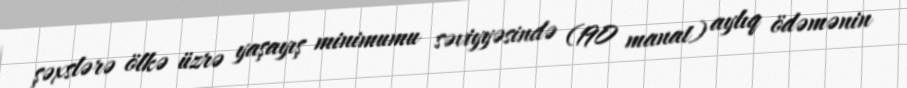
şəxslərə ölkə üzrə yaşayış minimumu səviyyəsində (190 manat) aylıq ödəmənin